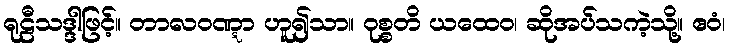
ရုဠီသဒ္ဒါဖြင့်။ တာလဝဏ္ဋာ ဟူ၍သာ။ ဝုစ္စတိ ယထေဝ၊ ဆိုအပ်သကဲ့သို့။ ဧဝံ၊